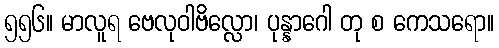
၅၅၆။ မာလူရ ဗေလုဝါဗိလ္လော၊ ပုန္နာဂေါ တု စ ကေသရော။